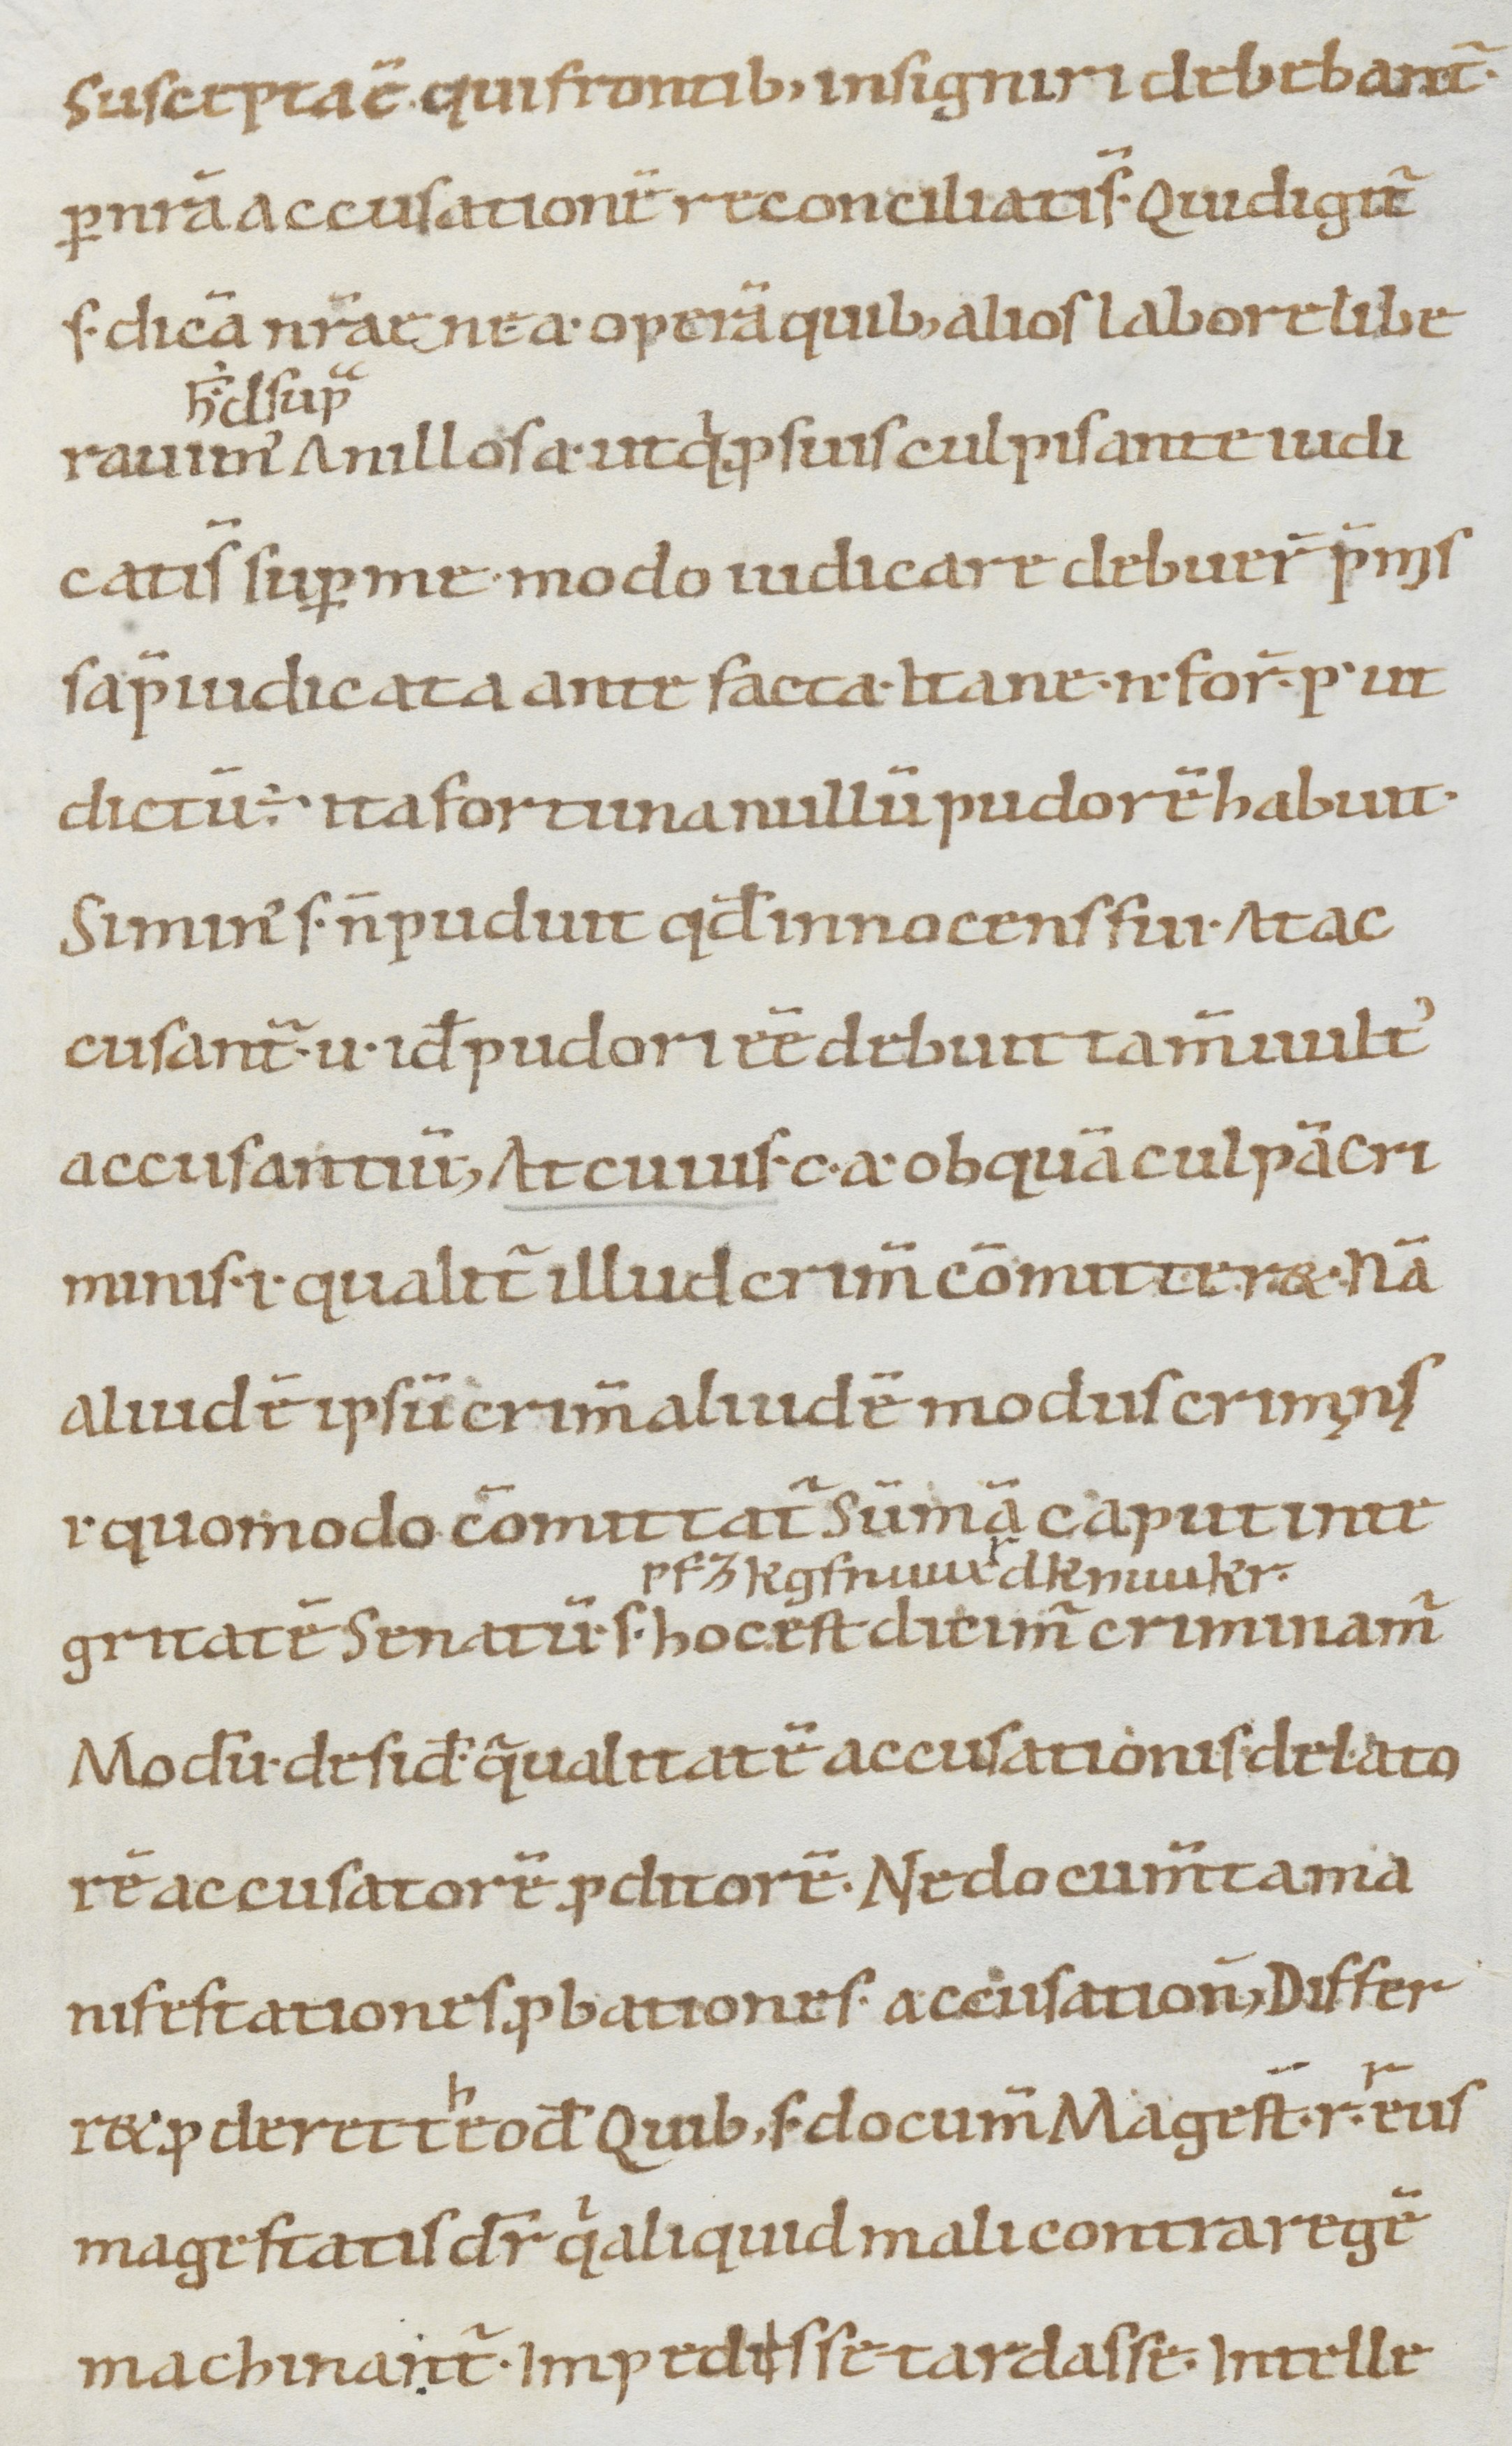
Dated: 900–999